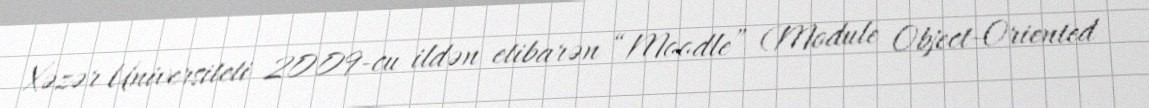
Xəzər Universiteti 2009-cu ildən etibarən “Moodle” (Module Object-Oriented